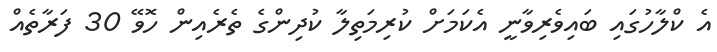
އެ ކްލާހުގައި ބައިވެރިވާނީ އެކަމަށް ކުރިމަތިލާ ކުދިންގެ ތެރެއިން ހޮވޭ 30 ފަރާތެއް